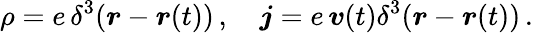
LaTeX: \rho=e\, \delta^{3}(\boldsymbol{r}-\boldsymbol{r}(t))\, ,\quad\boldsymbol{j}=e\, \boldsymbol{v}(t)\delta^{3}(\boldsymbol{r}-\boldsymbol{r}(t))\, .